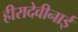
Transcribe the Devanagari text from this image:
हीरादेवीनाई